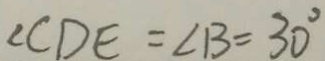
\angle C D E = \angle B = 3 0 ^ { \circ }